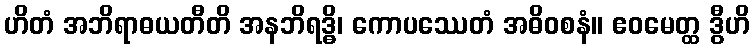
ဟိတံ အဘိရာဓယတီတိ အနဘိရဒ္ဓိ၊ ကောပဿေတံ အဓိဝစနံ။ ဧဝမေတ္ထ ဒွီဟိ